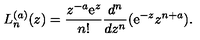
L _ { n } ^ { ( a ) } ( z ) = \frac { z ^ { - a } \mathrm { e } ^ { z } } { n ! } \frac { d ^ { n } } { d z ^ { n } } ( \mathrm { e } ^ { - z } z ^ { n + a } ) .